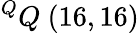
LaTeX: ^{Q}Q\ (16,16)